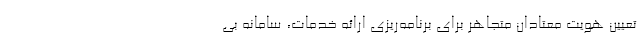
تعیین هویت معتادان متجاهر برای برنامه‌ریزی ارائه خدمات، سامانه بی